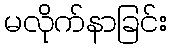
မလိုက်နာခြင်း